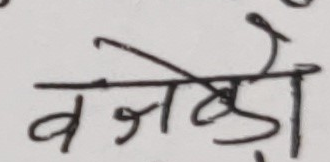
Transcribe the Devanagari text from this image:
वज्रडो